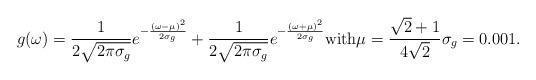
LaTeX: \begin{align*}g(\omega) = \frac{1}{2\sqrt{2\pi\sigma_g}} e^{-\frac{(\omega - \mu)^2}{2\sigma_g}} + \frac{1}{2\sqrt{2\pi\sigma_g}} e^{-\frac{(\omega + \mu)^2}{2\sigma_g}} \mbox{with} \mu = \frac{\sqrt{2} + 1}{4\sqrt{2}} \sigma_g = 0.001.\end{align*}